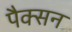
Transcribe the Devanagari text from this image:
पैक्सन